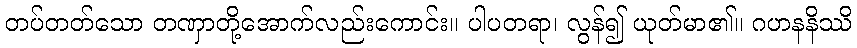
တပ်တတ်သော တဏှာတို့အောက်လည်းကောင်း။ ပါပတရာ၊ လွန်၍ ယုတ်မာ၏။ ဂဟနနိဿိ